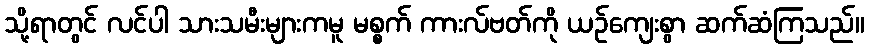
သို့ရာတွင် လင်ပါ သားသမီးများကမူ မစ္စက် ကားလ်ဗတ်ကို ယဉ်ကျေးစွာ ဆက်ဆံကြသည်။